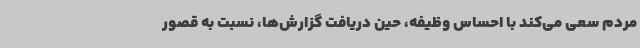
مردم سعی می‌کند با احساس وظیفه، حین دریافت گزارش‌ها، نسبت به قصور